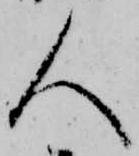
人